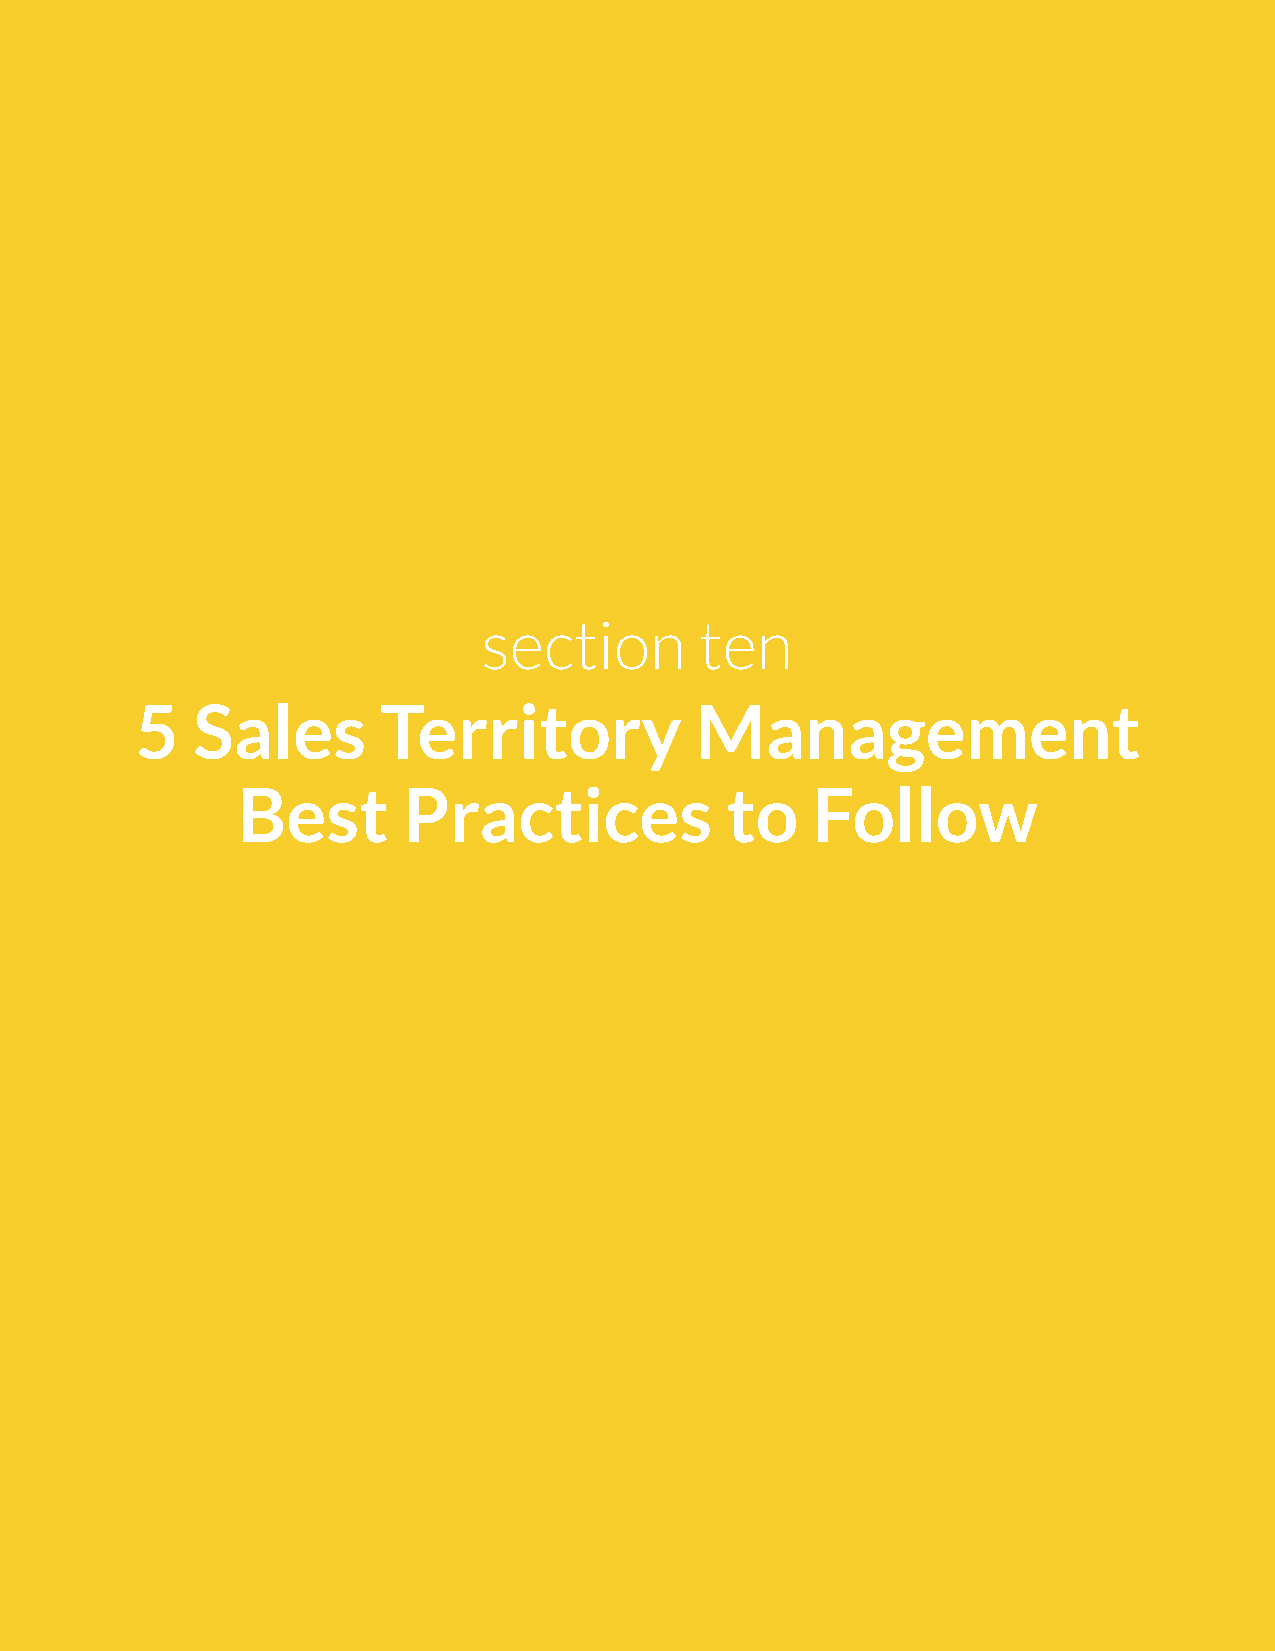
section       ten
 5   Sales       Territory            Management
 Best       Practices            to    Follow
 25